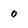
Character: 0